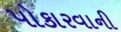
પોકારવાની